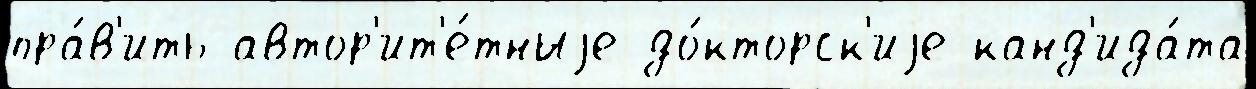
пра́в'ить автор'ит'е́тныjе до́кторск'иjе канд'ида́та